Indian Medical Review
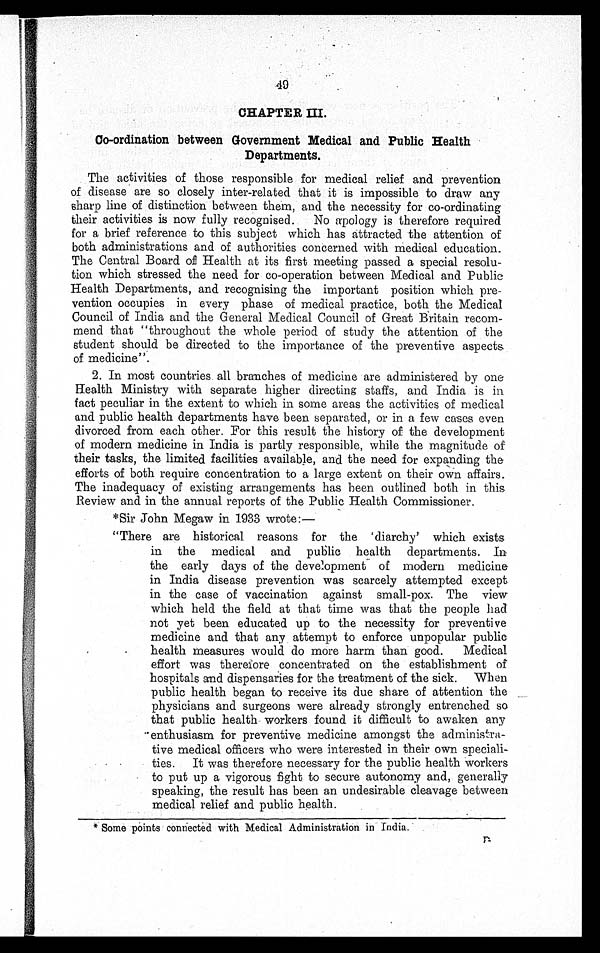
49
CHAPTER III.
Co-ordination between Government Medical and Public Health
Departments.
The activities of those responsible for medical relief and prevention
of disease are so closely inter-related that it is impossible to draw any
sharp line of distinction between them, and the necessity for co-ordinating
their activities is now fully recognised. No apology is therefore required
for a brief reference to this subject which has attracted the attention of
both administrations and of authorities concerned with medical education.
The Central Board of Health at its first meeting passed a special resolu-
tion which stressed the need for co-operation between Medical and Public
Health Departments, and recognising the important position which pre-
vention occupies in every phase of medical practice, both the Medical
Council of India and the General Medical Council of Great Britain recom-
mend that "throughout the whole period of study the attention of the
student should be directed to the importance of the preventive aspects
of medicine".
2. In most countries all branches of medicine are administered by one
Health Ministry with separate higher directing staffs, and India is in
fact peculiar in the extent to which in some areas the activities of medical
and public health departments have been separated, or in a few cases even
divorced from each other. For this result the history of the development
of modern medicine in India is partly responsible, while the magnitude of
their tasks, the limited facilities available, and the need for expanding the
efforts of both require concentration to a large extent on their own affairs.
The inadequacy of existing arrangements has been outlined both in this
Review and in the annual reports of the Public Health Commissioner.
*Sir John Megaw in 1933 wrote:
"There are historical reasons for the 'diarchy' which exists
in the medical and public health departments. In
the early days of the development of modern medicine
in India disease prevention was scarcely attempted except
in the case of vaccination against small-pox. The view
which held the field at that time was that the people had
not yet been educated up to the necessity for preventive
medicine and that any attempt to enforce unpopular public
•
health measures would do more harm than good. Medical
effort was therefore concentrated on the establishment of
hospitals and dispensaries for the treatment of the sick. When
public health began to receive its due share of attention the
physicians and surgeons were already strongly entrenched so
that public health workers found it difficult to awaken any
enthusiasm for preventive medicine amongst the
administra-tive medical officers who were interested in their own speciali-
•
ties. It was therefore necessary for the public health workers
to put up a vigorous fight to secure autonomy and, generally
speaking, the result has been an undesirable cleavage between
medical relief and public health.
• • •
* Some
points connected with Medical Administration in India.